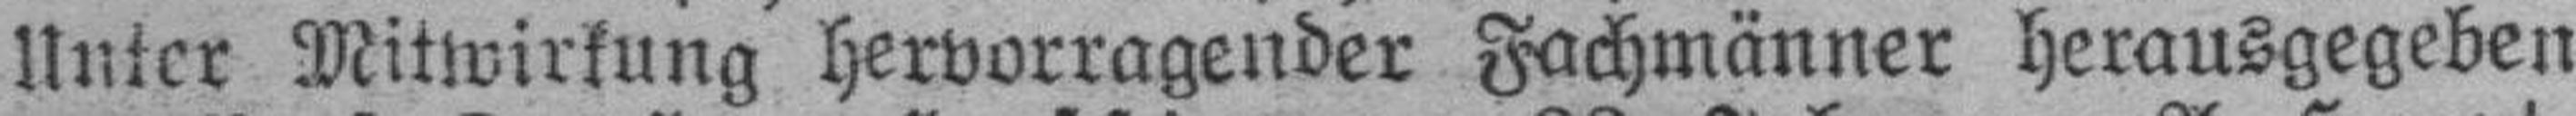
Unter Mitwirkung hervorragender Fachmänner herausgegeben